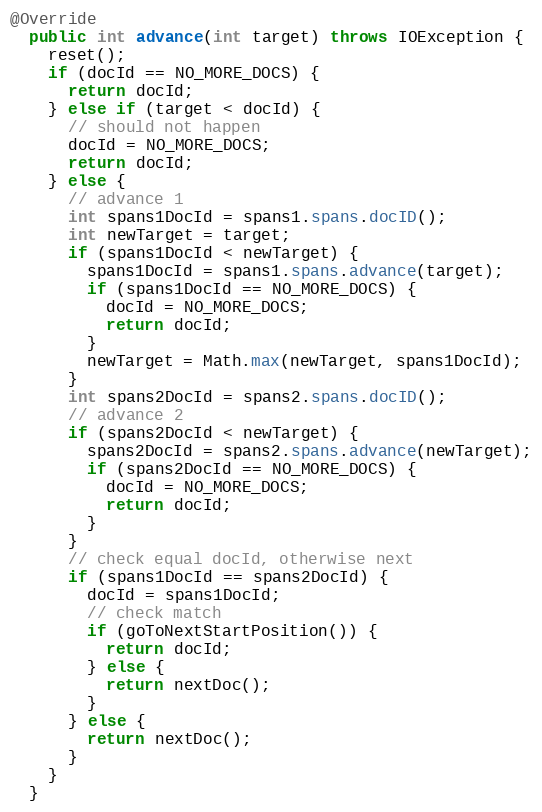
Language: Java
@Override
  public int advance(int target) throws IOException {
    reset();
    if (docId == NO_MORE_DOCS) {
      return docId;
    } else if (target < docId) {
      // should not happen
      docId = NO_MORE_DOCS;
      return docId;
    } else {
      // advance 1
      int spans1DocId = spans1.spans.docID();
      int newTarget = target;
      if (spans1DocId < newTarget) {
        spans1DocId = spans1.spans.advance(target);
        if (spans1DocId == NO_MORE_DOCS) {
          docId = NO_MORE_DOCS;
          return docId;
        }
        newTarget = Math.max(newTarget, spans1DocId);
      }
      int spans2DocId = spans2.spans.docID();
      // advance 2
      if (spans2DocId < newTarget) {
        spans2DocId = spans2.spans.advance(newTarget);
        if (spans2DocId == NO_MORE_DOCS) {
          docId = NO_MORE_DOCS;
          return docId;
        }
      }
      // check equal docId, otherwise next
      if (spans1DocId == spans2DocId) {
        docId = spans1DocId;
        // check match
        if (goToNextStartPosition()) {
          return docId;
        } else {
          return nextDoc();
        }
      } else {
        return nextDoc();
      }
    }
  }